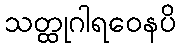
သတ္ထုဂါရဝေနပိ